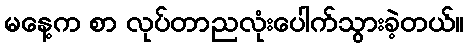
မနေ့က စာ လုပ်တာညလုံးပေါက်သွားခဲ့တယ်။